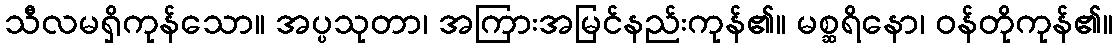
သီလမရှိကုန်သော။ အပ္ပသုတာ၊ အကြားအမြင်နည်းကုန်၏။ မစ္ဆရိနော၊ ဝန်တိုကုန်၏။